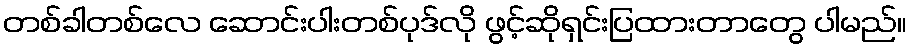
တစ်ခါတစ်လေ ဆောင်းပါးတစ်ပုဒ်လို ဖွင့်ဆိုရှင်းပြထားတာတွေ ပါမည်။